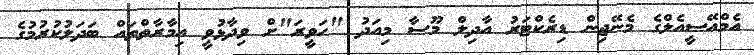
އެމްއޭސީއެލްގެ މެނޭޖިން ޑިރެކްޓަރު އާދިލް މޫސާ މިއަދު "ހަވީރަ"ށް ވިދާޅުވީ އިމާރާތްތައް ބަދަލުކުރުމުގެ